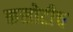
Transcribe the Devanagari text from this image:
कसोटीच